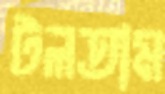
টলতাম